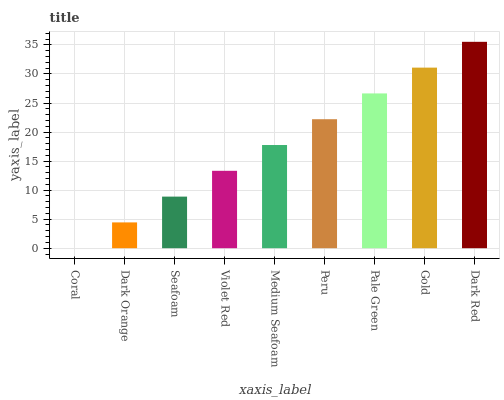
| xaxis_label | bars |
 | --- | --- |
 | Coral | 0 |
 | Dark Orange | 4.44 |
 | Seafoam | 8.88 |
 | Violet Red | 13.3 |
 | Medium Seafoam | 17.8 |
 | Peru | 22.2 |
 | Pale Green | 26.7 |
 | Gold | 31.1 |
 | Dark Red | 35.5 |